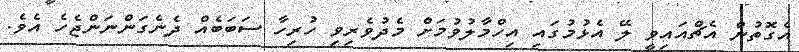
އެގޮތުން އެޗްއައިވީ ލޭ އެޅުމުގައި އިހްމާލުވުމަށް މެދުވެރިވި ހުރިހާ ސަބަބެއް ދެނެގަންނަންޖެހެ އެވެ.